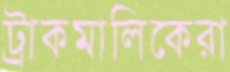
ট্রাকমালিকেরা